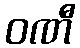
ဝဏီ